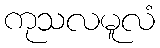
ကုသလမူလံ